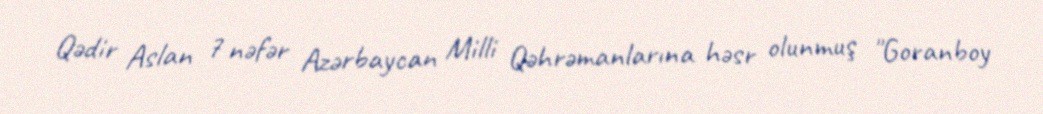
Qədir Aslan 7 nəfər Azərbaycan Milli Qəhrəmanlarına həsr olunmuş "Goranboy